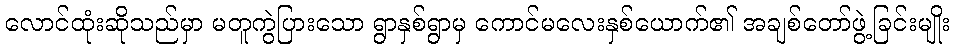
လောင်ထုံးဆိုသည်မှာ မတူကွဲပြားသော ရွာနှစ်ရွာမှ ကောင်မလေးနှစ်ယောက်၏ အချစ်တော်ဖွဲ့ခြင်းမျိုး